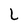
Character: L